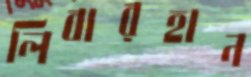
লিবারহান